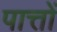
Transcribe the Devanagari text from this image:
पात्तों